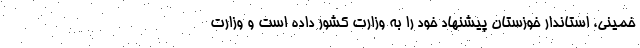
خمینی، استاندار خوزستان پیشنهاد خود را به وزارت کشور داده است و وزارت